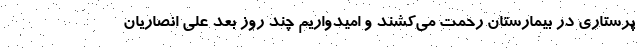
پرستاری در بیمارستان رحمت می‌کشند و امیدواریم چند روز بعد علی انصاریان